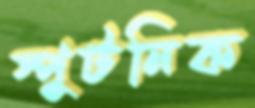
স্পুটনিক